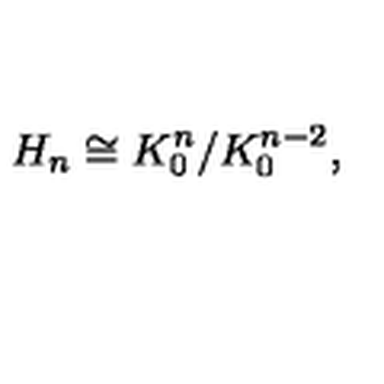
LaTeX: H _ { n } \cong K _ { 0 } ^ { n } / K _ { 0 } ^ { n - 2 } ,